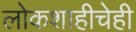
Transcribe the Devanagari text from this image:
लोकशाहीचेही